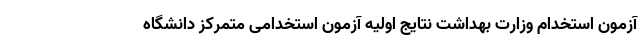
آزمون استخدام وزارت بهداشت نتایج اولیه آزمون استخدامی متمرکز دانشگاه